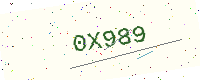
Text: 0X989